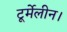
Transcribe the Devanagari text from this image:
टूर्मेलीन।